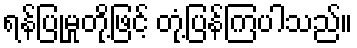
ရန်ပြုမှုတို့ဖြင့် တုံ့ပြန်ကြပါသည်။